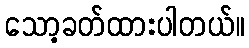
သော့ခတ်ထားပါတယ်။